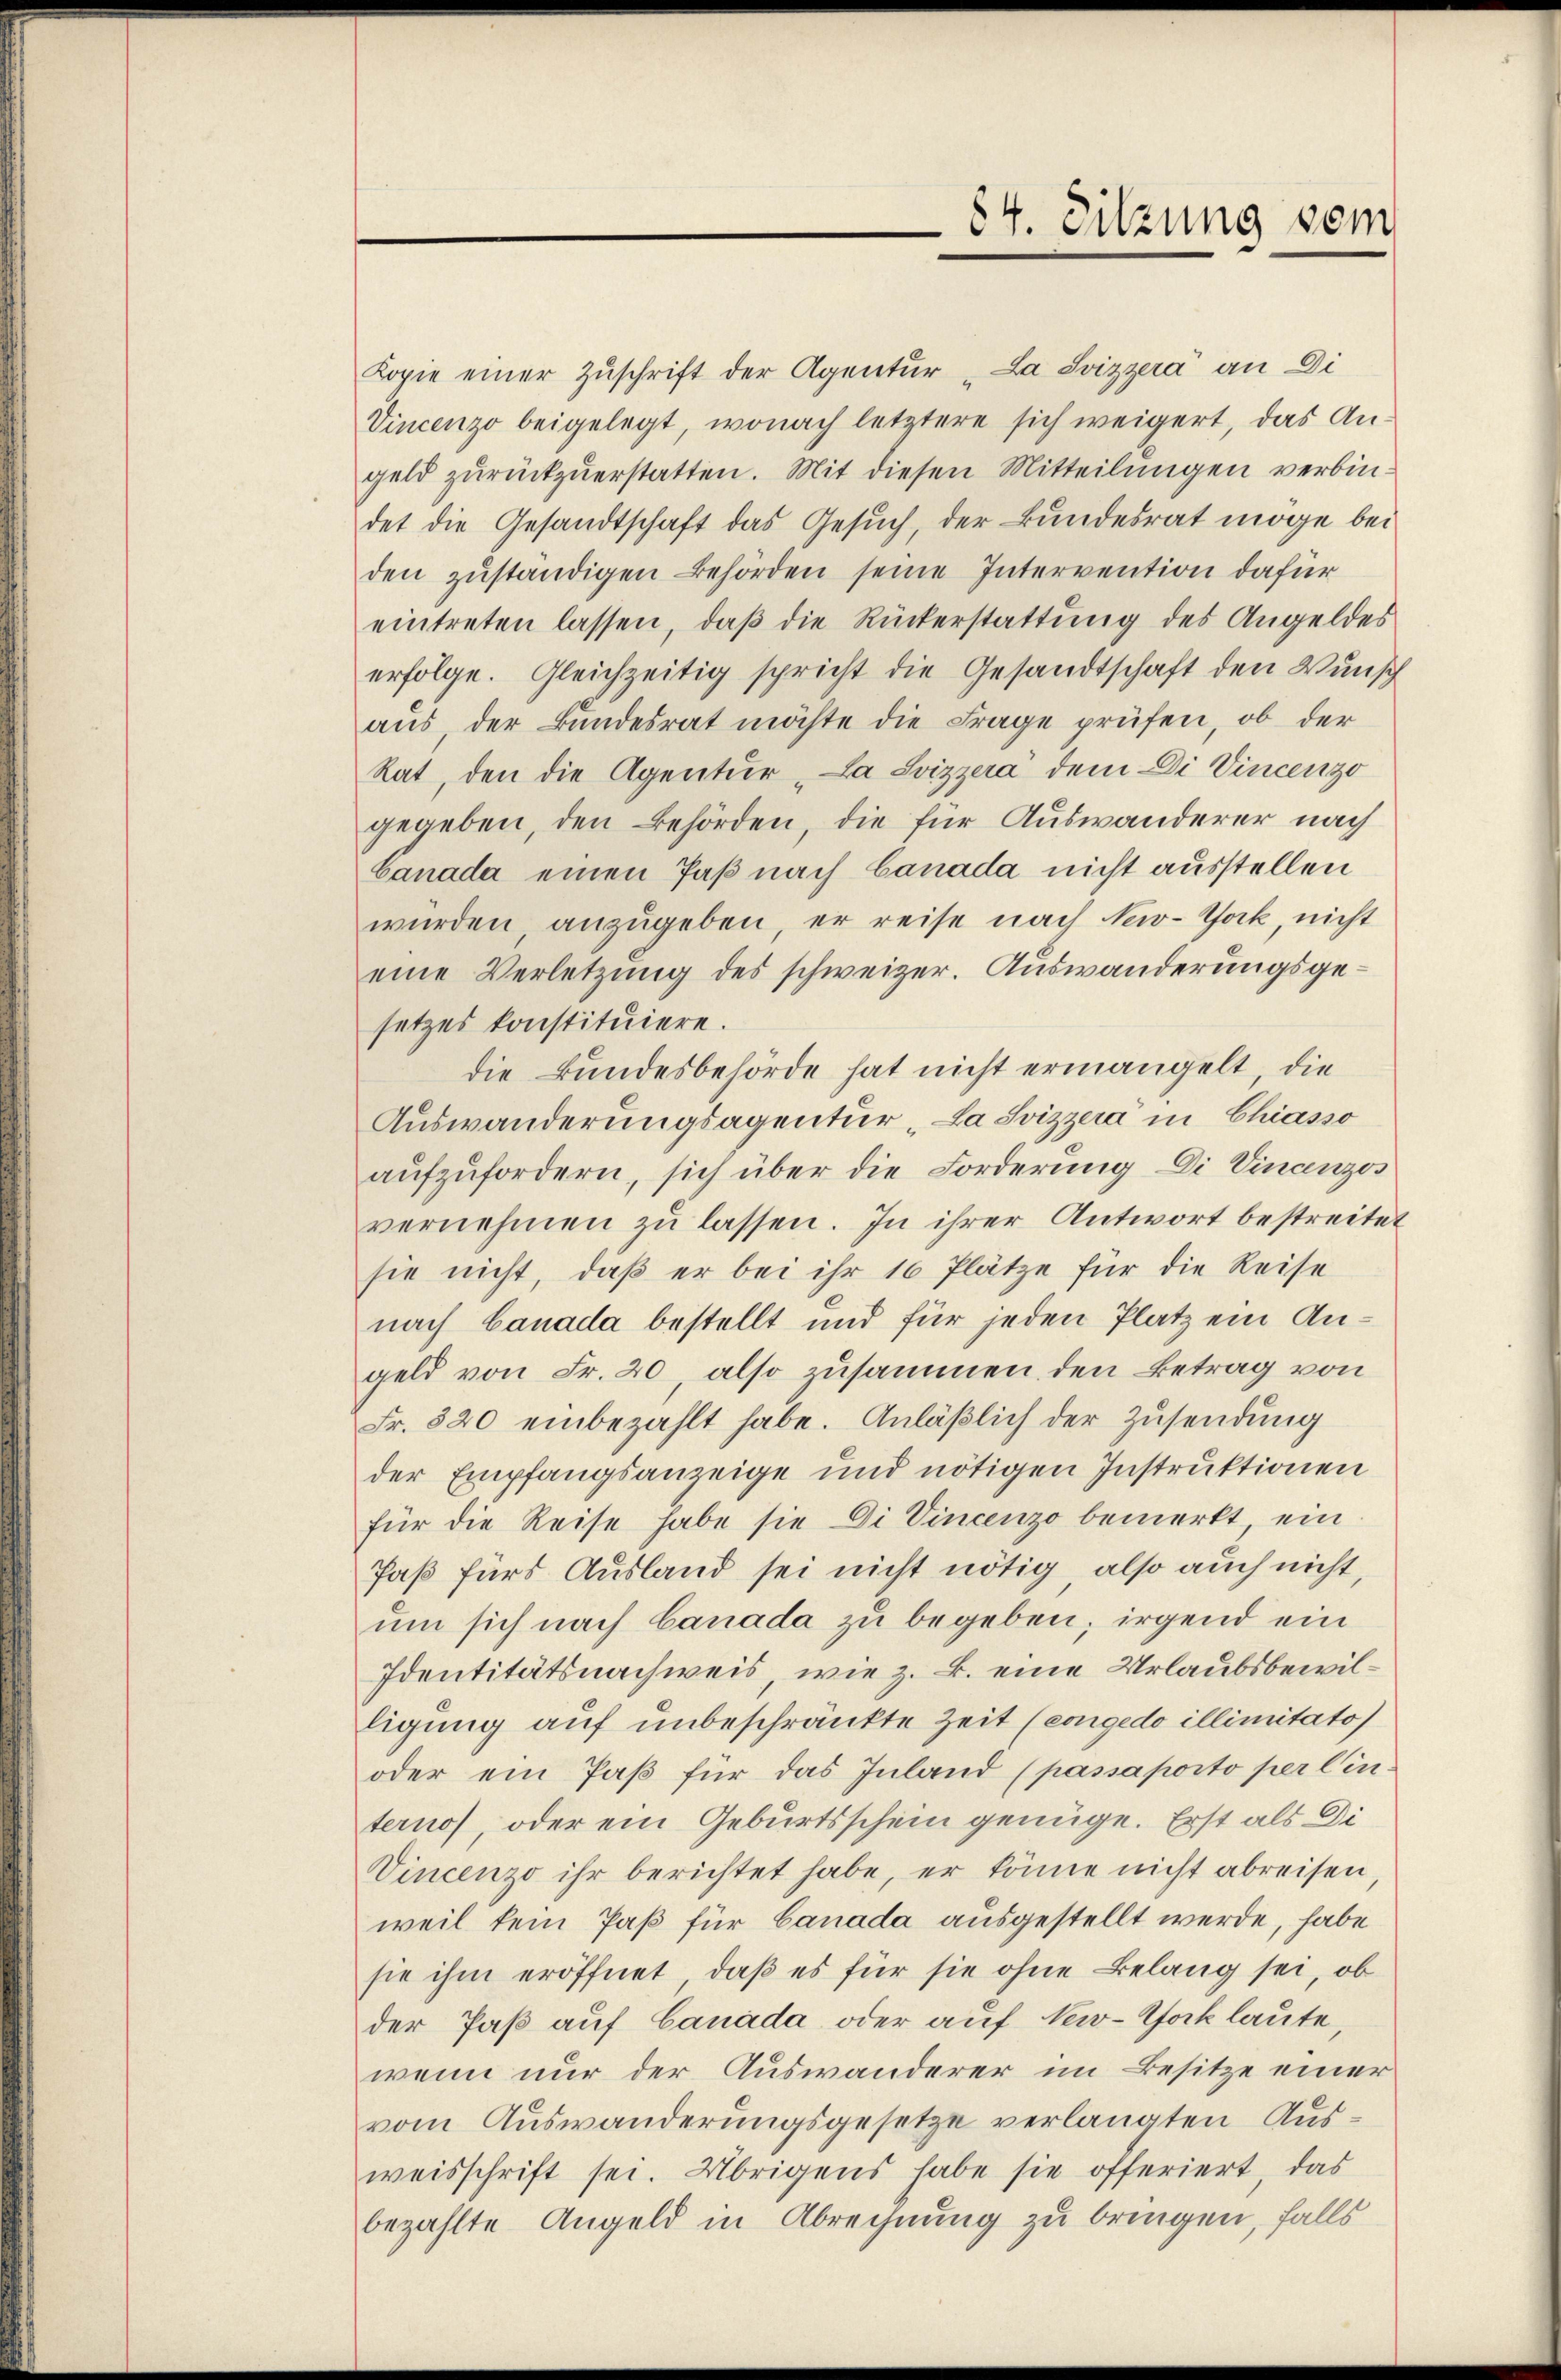
Kopie einer Zŭschrift der Agentur "La Svizzera an Di
Vincenzo beigelegt, wonach letztere sich weigert, das An-
geld zŭrückzŭerstatten. Mit diesen Mitteilungen verbindet die Gesandtschaft das Gesuch, der Bundesrat möge bei
den zŭständigen Behörden seine Intervention dafür
eintreten lassen, daß die Rückerstattung des Angeldes
erfolge. Gleichzeitig spricht die Gesandtschaft den Wunsch
aus, der Bundesrat möchte die Frage prüfen, ob der
Rat, den die Agentur "La Svizzera dem Di Vincenzo
gegeben, den Behörden, die für Auswanderer nach
Canada einen Paß nach Canada nicht ausstellen
wurden anzugeben, er reise nach Nav-Tock, nicht
eine Verletzung des schweizer. Auswanderungsgesetzes konstituiere.
die Bundesbehörde hat nicht ermangelt, die
Auswanderungsagentur „La Svizzera in Chiasso
aŭfzŭfordern, sich über die Forderung Di Vinanzos
vernehmen zŭ lassen. In ihrer Antwort bestreitet
sie nicht, daß er bei ihr 16 Plätze für die Reise
nach Canada bestellt und für jeden Platz ein Angeld von Fr. 20 also zusammen den Betrag von
Fr. 820 einbezahlt habe. Anläßlich der Zusendung
der Empfangsanzeige und nötigen Instruktionen
für die Reise habe sie Di Vincenzo bemerkt ein
Paß für Ausland sei nicht nötig, also auch nicht,
um sich nach Canada zu begeben; irgend ein
Identitätsnachweis, wie z. B. eine Urlaubsbewilligung auf unbeschränkte Zeit (congedo illimitato)
oder ein Paß für das Inland (passaporto per lin
ternos oder ein Geburtsschein genüge. Erst als Di
Vincenzo ihr berichtet habe, er könne nicht abreisen
weil kein Paß für Canada ausgestellt werde, habe
sie ihm eröffnet, daß es für sie ohne Belang sei, ob
der Paß auf Canada oder auf New-York laute,
wenn nur der Auswanderer im Besitze einer
vom Auswanderungsgesetze verlangten Ausweisschrift sei. Übrigens habe sie offeriert, das
bezahlte Angeld in Abrechnung zu bringen, falls

84. Sitzung vom